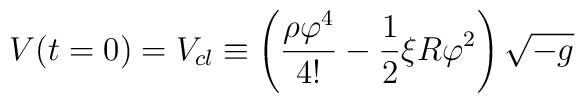
V(t=0) = V_{cl} \equiv \left(\frac{\rho \varphi^4}{4 !} - \frac{1}{2} \xi R \varphi^2 \right)\sqrt{-g}